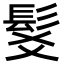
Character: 𩬃